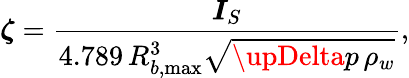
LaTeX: \boldsymbol{\zeta}=\frac{\boldsymbol{I}_{S}}{4.789\, R_{b,\operatorname*{max}}^{3}\sqrt{\upDelta p\, \rho_{w}}},